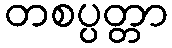
တစပ္ပတ္တာ